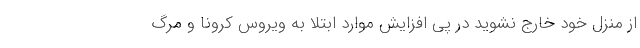
از منزل خود خارج نشوید در پی افزایش موارد ابتلا به ویروس کرونا و مرگ